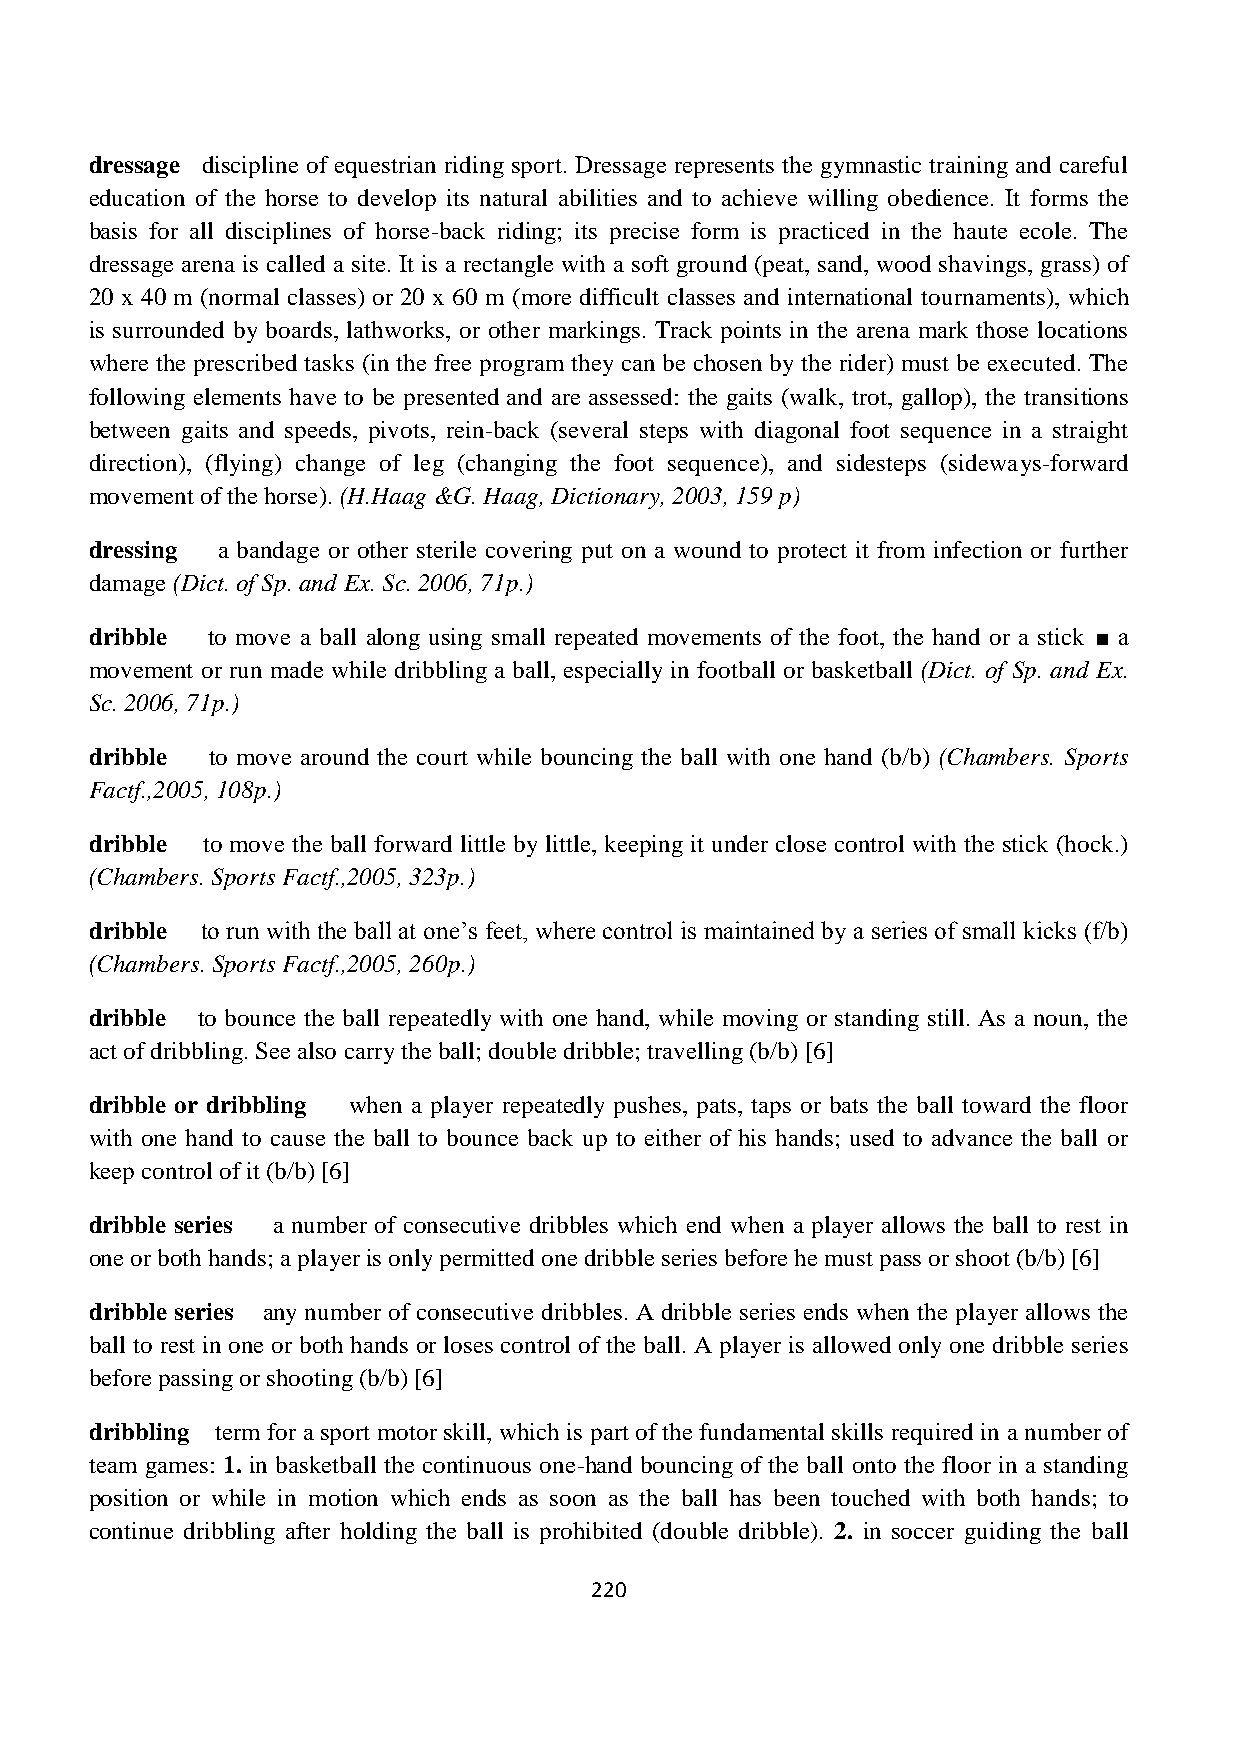
dressage discipline of equestrian riding sport. Dressage represents the gymnastic training and careful
 education of the horse to develop its natural abilities and to achieve willing obedience. It forms the
 basis for all disciplines of horse-back riding; its precise form is practiced in the haute ecole. The
 dressage arena is called a site. It is a rectangle with a soft ground (peat, sand, wood shavings, grass) of
 20 x 40 m (normal classes) or 20 x 60 m (more difficult classes and international tournaments), which
 is surrounded by boards, lathworks, or other markings. Track points in the arena mark those locations
 where the prescribed tasks (in the free program they can be chosen by the rider) must be executed. The
 following elements have to be presented and are assessed: the gaits (walk, trot, gallop), the transitions
 between gaits and speeds, pivots, rein-back (several steps with diagonal foot sequence in a straight
 direction), (flying) change of leg (changing the foot sequence), and sidesteps (sideways-forward
 movement of the horse). (H.Haag &G. Haag, Dictionary, 2003, 159 p)
 dressing a bandage or other sterile covering put on a wound to protect it from infection or further
 damage (Dict. of Sp. and Ex. Sc. 2006, 71p.)
 dribble to move a ball along using small repeated movements of the foot, the hand or a stick ■ a
 movement or run made while dribbling a ball, especially in football or basketball (Dict. of Sp. and Ex.
 Sc. 2006, 71p.)
 dribble to move around the court while bouncing the ball with one hand (b/b) (Chambers. Sports
 Factf.,2005, 108p.)
 dribble to move the ball forward little by little, keeping it under close control with the stick (hock.)
 (Chambers. Sports Factf.,2005, 323p.)
 dribble to run with the ball at one’s feet, where control is maintained by a series of small kicks (f/b)
 (Chambers. Sports Factf.,2005, 260p.)
 dribble to bounce the ball repeatedly with one hand, while moving or standing still. As a noun, the
 act of dribbling. See also carry the ball; double dribble; travelling (b/b) [6]
 dribble or dribbling when a player repeatedly pushes, pats, taps or bats the ball toward the floor
 with one hand to cause the ball to bounce back up to either of his hands; used to advance the ball or
 keep control of it (b/b) [6]
 dribble series a number of consecutive dribbles which end when a player allows the ball to rest in
 one or both hands; a player is only permitted one dribble series before he must pass or shoot (b/b) [6]
 dribble series any number of consecutive dribbles. A dribble series ends when the player allows the
 ball to rest in one or both hands or loses control of the ball. A player is allowed only one dribble series
 before passing or shooting (b/b) [6]
 dribbling term for a sport motor skill, which is part of the fundamental skills required in a number of
 team games: 1. in basketball the continuous one-hand bouncing of the ball onto the floor in a standing
 position or while in motion which ends as soon as the ball has been touched with both hands; to
 continue dribbling after holding the ball is prohibited (double dribble). 2. in soccer guiding the ball
 220